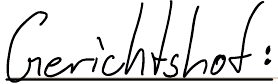
Gerichtshof: